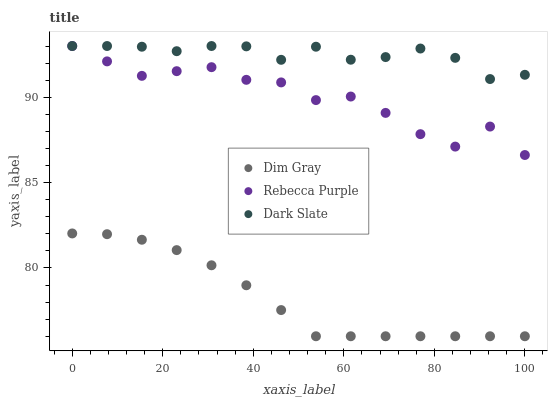
| xaxis_label | Dim Gray | Rebecca Purple | Dark Slate |
 | --- | --- | --- | --- |
 | 0 | 82 | 93 | 93 |
 | 7.69 | 82 | 92.1 | 93 |
 | 15.4 | 81.7 | 91.3 | 93 |
 | 23.1 | 81 | 91.5 | 92.7 |
 | 30.8 | 80.2 | 91.8 | 93 |
 | 38.5 | 79 | 91 | 93 |
 | 46.2 | 77.5 | 90.9 | 92.2 |
 | 53.8 | 76 | 89.8 | 93 |
 | 61.5 | 76 | 90 | 92.2 |
 | 69.2 | 76 | 89.1 | 92.4 |
 | 76.9 | 76 | 87.8 | 92.9 |
 | 84.6 | 76 | 87.1 | 92.3 |
 | 92.3 | 76 | 88.3 | 91.1 |
 | 100 | 76 | 86.6 | 91.3 |